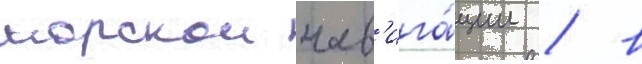
морскои нав'ига́ции / в